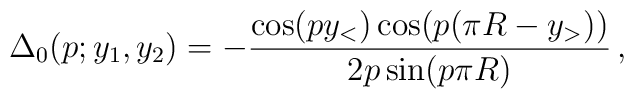
\Delta_0(p;y_1,y_2) = - \frac{\cos (p y_<) \cos(p(\pi R-y_>))} {2 p\sin (p\pi R)} \, ,